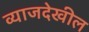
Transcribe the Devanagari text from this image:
व्याजदेखील